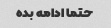
حتما ادامه بده